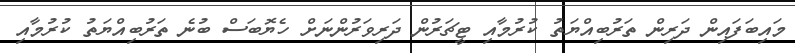
މައިބަފައިން ދަރިން ތަރުބިއްޔަތު ކުރުމާއި ޓީޗަރުން ދަރިވަރުންނަށް ހެޔޮބަސް ބުނެ ތަރުބިއްޔަތު ކުރުމާއި